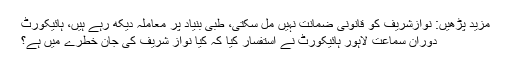
مزید پڑھیں: نوازشریف کو قانونی ضمانت نہیں مل سکتی، طبی بنیاد پر معاملہ دیکھ رہے ہیں، ہائیکورٹ
دورانِ سماعت لاہور ہائیکورٹ نے استفسار کیا کہ کیا نواز شریف کی جان خطرے میں ہے؟